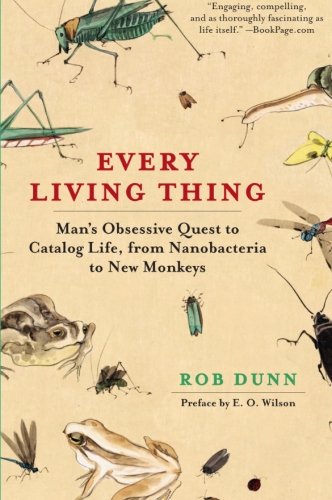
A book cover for Every Living Thing: Man's Obsessive Quest to Catalog Life, from Nanobacteria to New Monkeys; Rob Dunn; Science & Math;